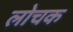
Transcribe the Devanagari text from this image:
लोचक